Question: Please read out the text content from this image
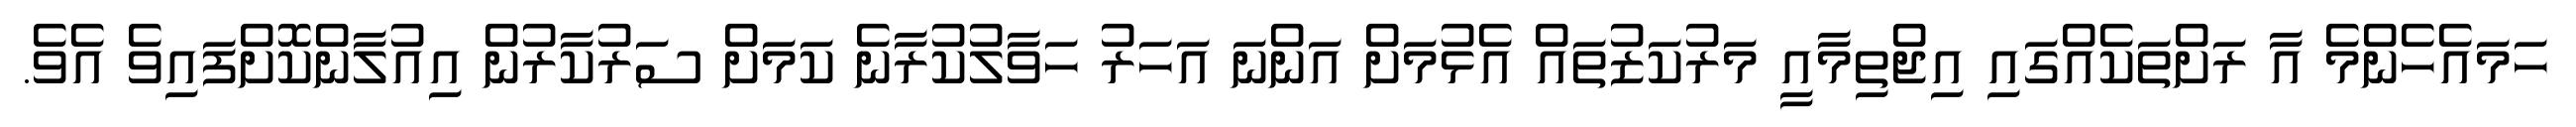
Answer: ހަމައެހެންމެ އާ ރަށްތަކެއްގައި އިޖްތިމާއީ މަރުކަޒުތައް އެޅުމަށް އަންނަ އަހަރު ހަވާލުކުރާނެ ކަމަށް ސަރުކާރުން އިއުލާންކޮށްފައިވެ އެވެ.